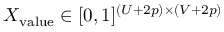
X _ { \mathrm { v a l u e } } \in [ 0 , 1 ] ^ { ( U + 2 p ) \times ( V + 2 p ) }